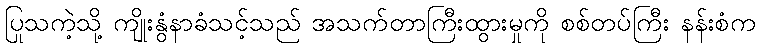
ပြုသကဲ့သို့ ကျိုးနွံနာခံသင့်သည် အသက်တာကြီးထွားမှုကို စစ်တပ်ကြီး နန်းစံက